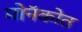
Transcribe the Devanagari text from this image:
मोनॅकोत